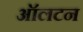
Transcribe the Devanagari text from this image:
ऑलटन